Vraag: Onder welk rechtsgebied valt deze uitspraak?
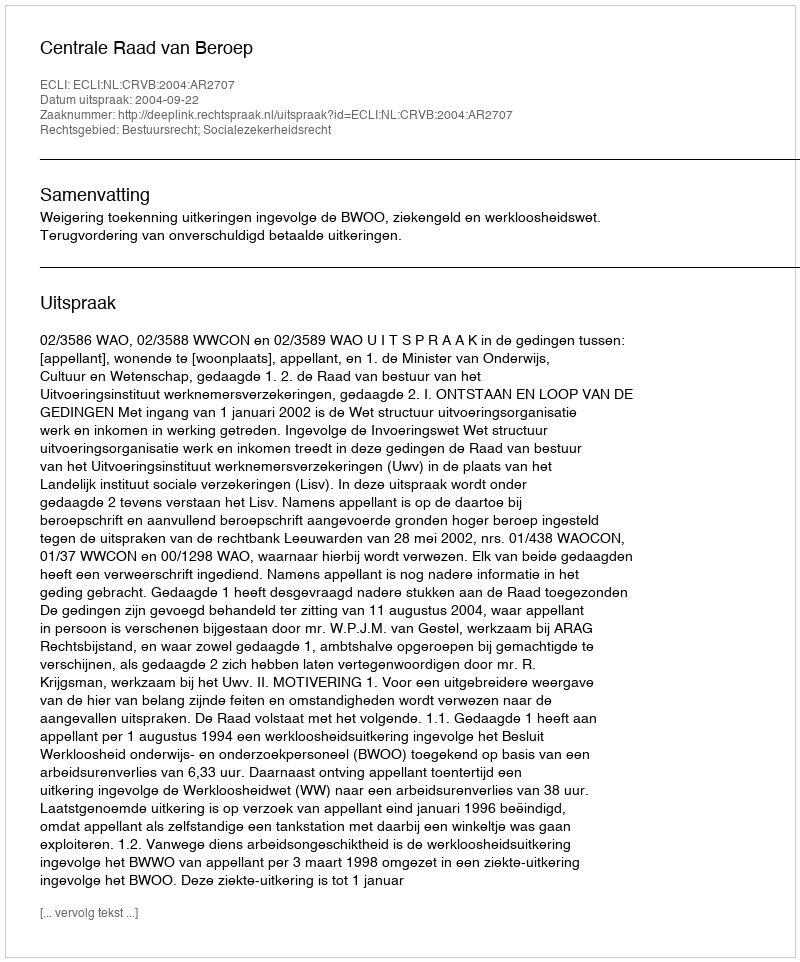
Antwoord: Bestuursrecht; Socialezekerheidsrecht